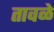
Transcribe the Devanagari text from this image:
तावळे